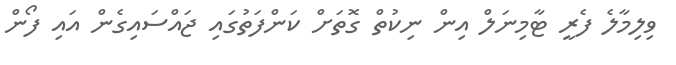
ވިލިމާލެ ފެރީ ޓާމިނަލް އިން ނިކުތް ގޮތަށް ކަންފަތުގައި ޖައްސައިގެން އައި ފޯން